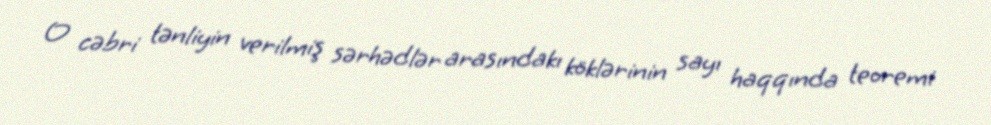
O cəbri tənliyin verilmiş sərhədlər arasındakı köklərinin sayı haqqında teoremi